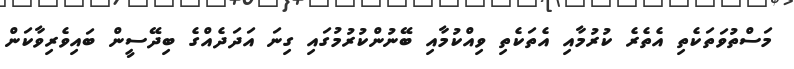
މަސްތުވަތަކެތި އެތެރެ ކުރުމާއި އެތަކެތި ވިއްކުމާއި ބޭނުންކުރުމުގައި ގިނަ އަދަދެއްގެ ބިދޭސީން ބައިވެރިވާކަން